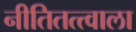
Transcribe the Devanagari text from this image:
नीतितत्त्वाला